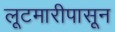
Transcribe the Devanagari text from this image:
लूटमारीपासून